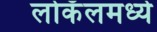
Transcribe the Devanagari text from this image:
लोकॅलमध्ये